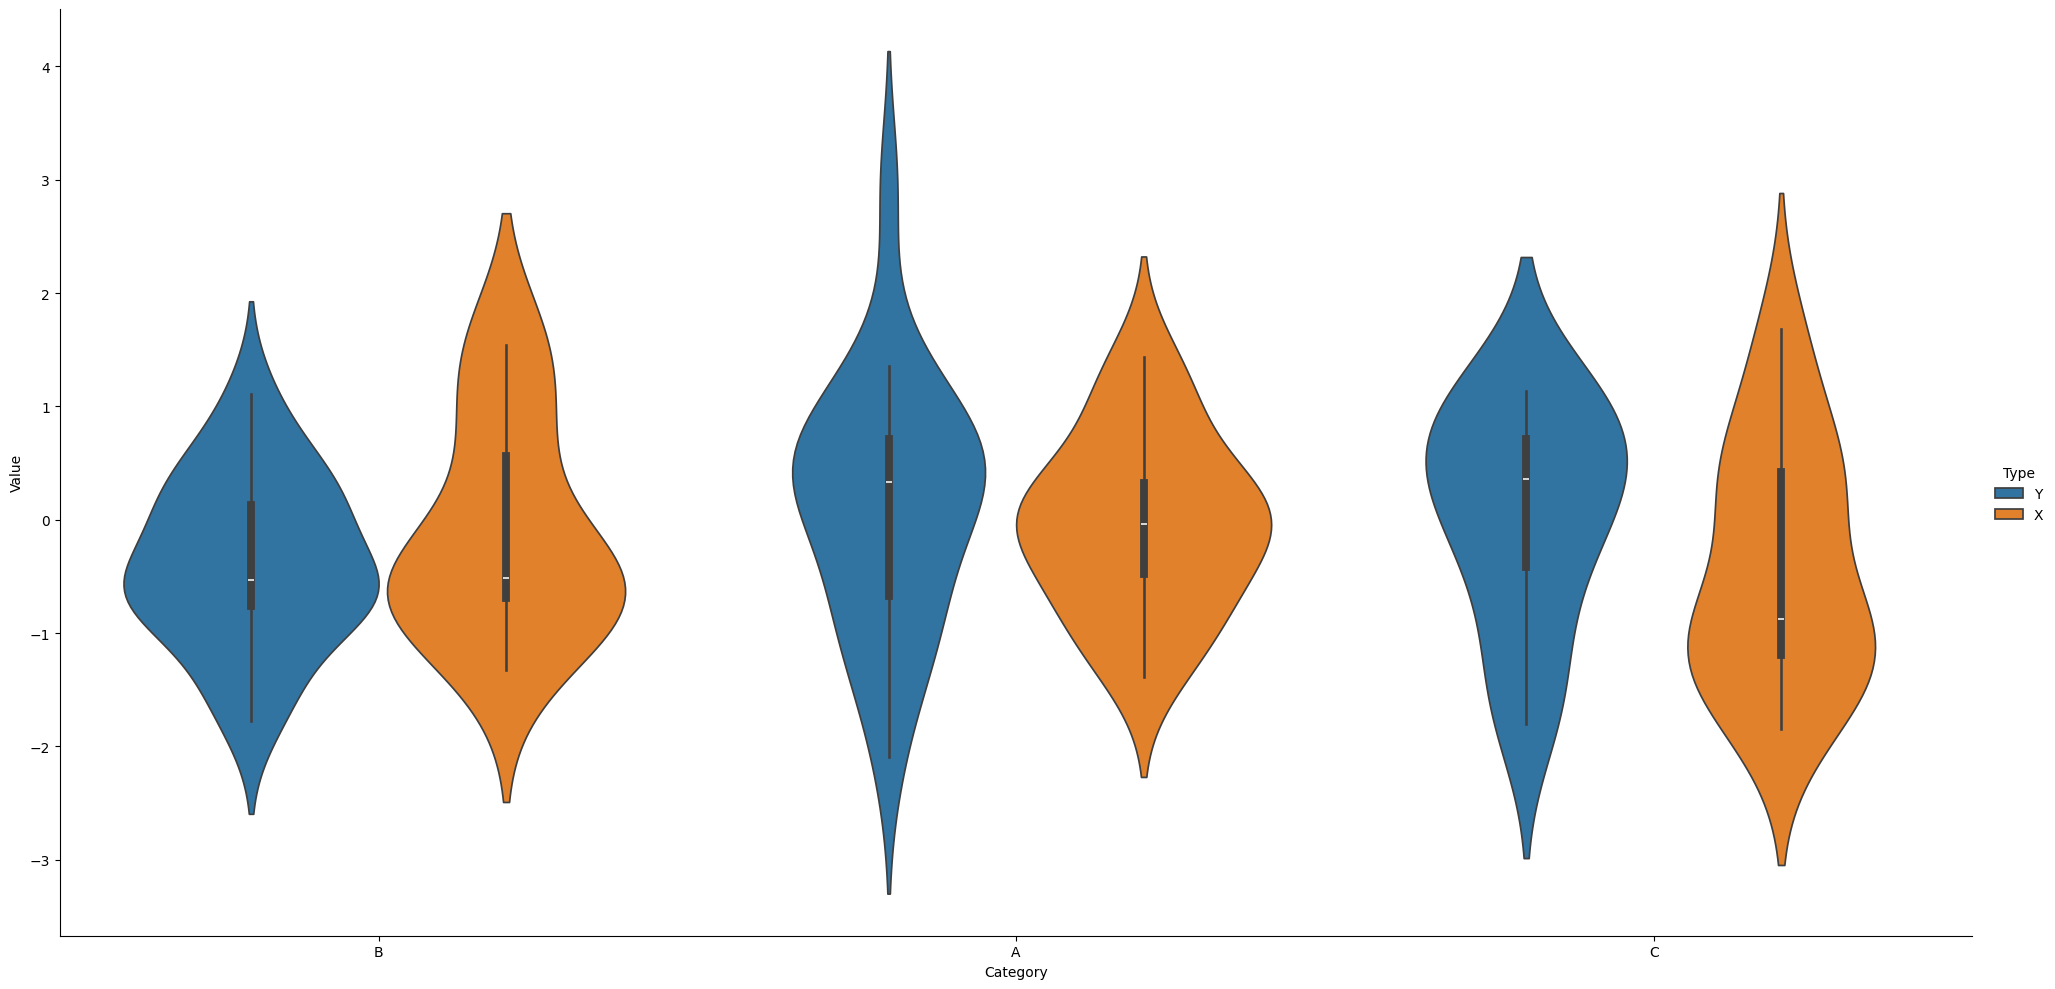
python, seaborn, catplot, kind='violin', height=10, aspect=2